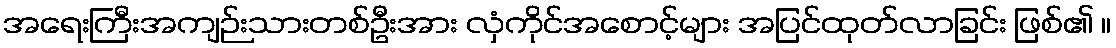
အရေးကြီးအကျဉ်းသားတစ်ဦးအား လှံကိုင်အစောင့်များ အပြင်ထုတ်လာခြင်း ဖြစ်၏ ။